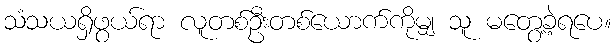
သံသယရှိဖွယ်ရာ လူတစ်ဦးတစ်ယောက်ကိုမျှ သူ မတွေ့ခဲ့ရပေ။